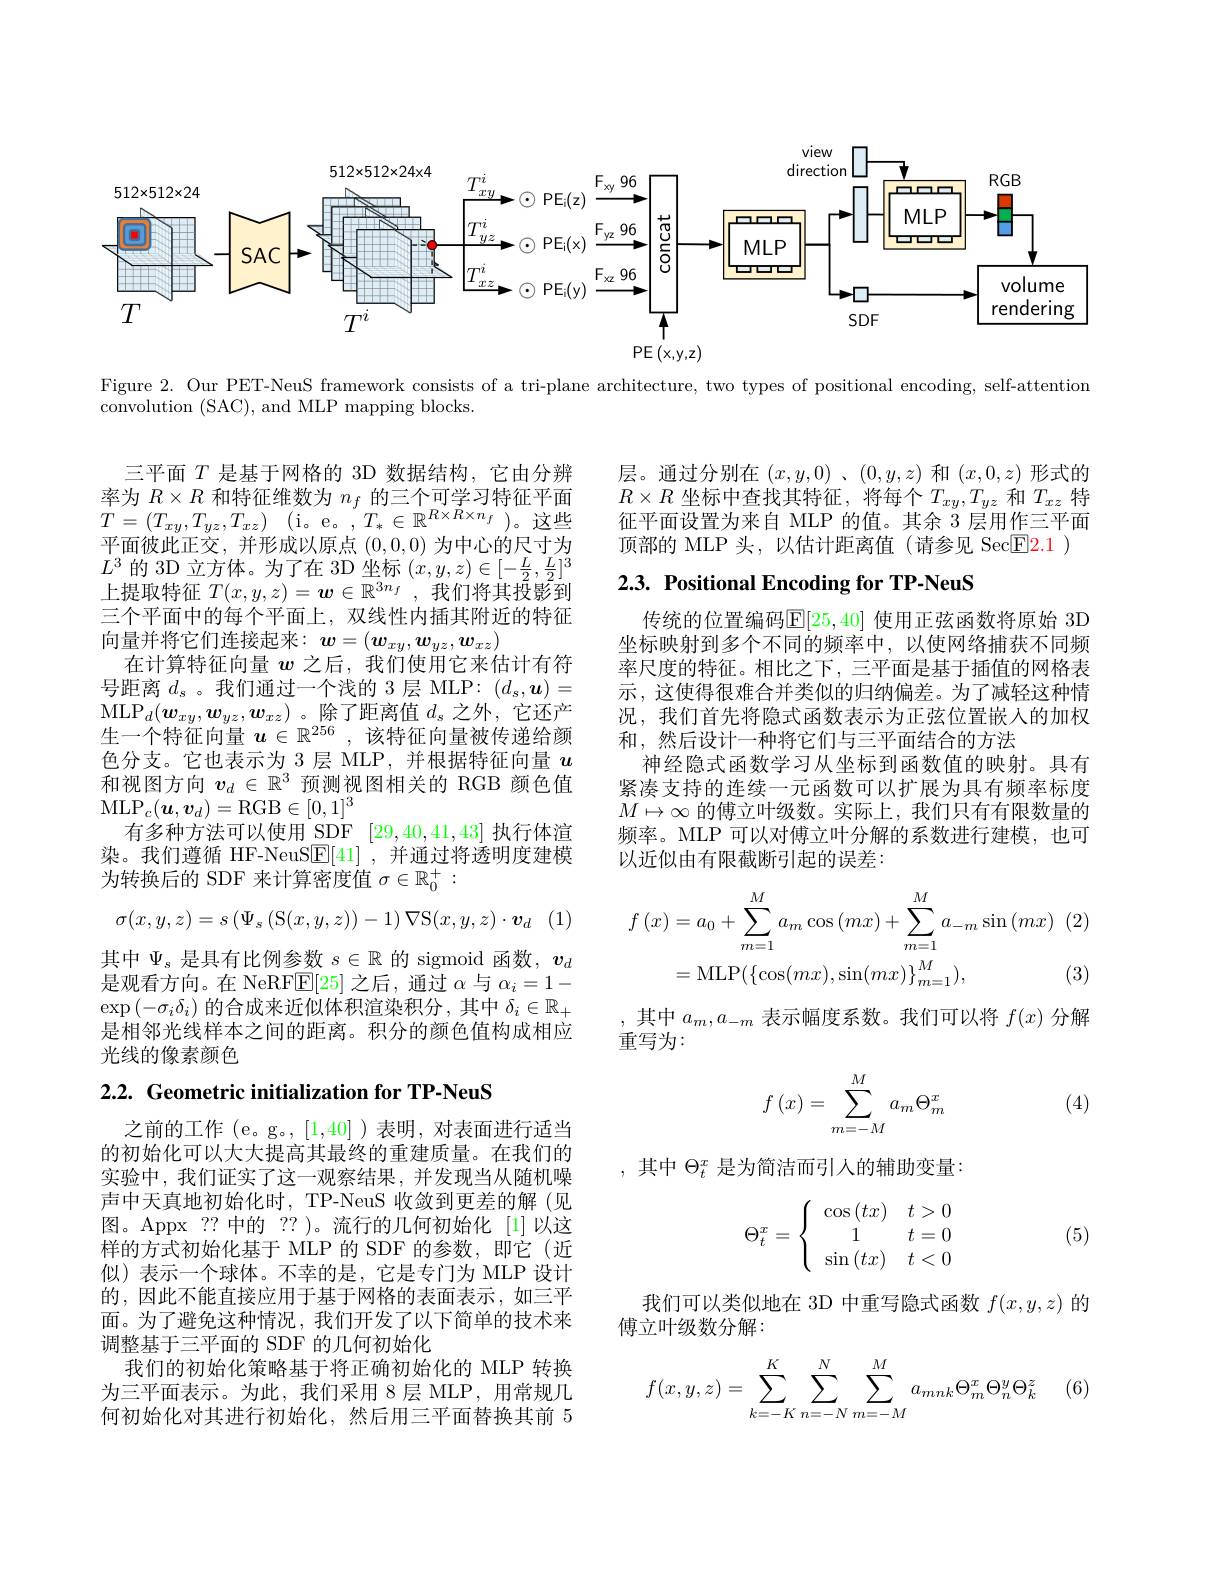
view

$512\times512\times24$

direction
$512\times512\times24\times4$
$RGB$
IT $MLP$
-1-1
TIOT
$MLP$
$SAC$
$\begin{aligned}&\frac{T_{xy}^{i}}{\cdot\boxed{T_{yz}^{i}}^{i}\odot\mathrm{PE_{i}(z)}\xrightarrow{F_{xy}}\\&\boxed{T_{yz}^{i}}\xrightarrow{C}\odot\mathrm{PE_{i}(x)}\xrightarrow{F_{yz}}\boxed{\frac{F_{yz}}{96}}\\&\boxed{\frac{F_{xz}}{5}}\\&\boxed{4}\end{aligned}\begin{bmatrix}0\\0\\0\\0\\0\\0\end{bmatrix}\\&\mathbb{PE}\left(x,y,z\right.}$
-1-1
volume
$+\square$
rendering
$T$
SDF
$T^i$
$\mathsf{PE}\left(x,y,z\right)$

Figure 2. Our PET-NeuS framework consists of a tri-plane architecture, two types of positional encoding, self-attention

convolution (SAC),and MLP mapping blocks

层。通过分别在$(x,y,0)$ 、$(0,y,z)$和$(x,0,z)$形式的$R\times R$坐标中查找其特征，将每个$T_xy,T_{yz}$和$T_xz$特征平面设置为来自 MLP 的值。其余 3 层用作三平面顶部的 MLP 头，以估计距离值(请参见 Sec$\boxed{\mathrm{F}}2.1$ )

## $2. 3. \textbf{ Positional Encoding for TP- NeuS}$

传统的位置编码$\mathbb{E}[25,40]$ 使用正弦函数将原始 3D 坐标映射到多个不同的频率中，以使网络捕获不同频率尺度的特征。相比之下，三平面是基于插值的网格表示，这使得很难合并类似的归纳偏差。为了减轻这种情况，我们首先将隐式函数表示为正弦位置嵌人的加权和，然后设计一种将它们与三平面结合的方法
神经隐式函数学习从坐标到函数值的映射。具有紧凑支持的连续一元函数可以扩展为具有频率标度$M\mapsto\infty$的傅立叶级数。实际上，我们只有有限数量的频率。MLP 可以对傅立叶分解的系数进行建模，也可以近似由有限截断引起的误差：

三平面$T$是基于网格的 3D 数据结构，它由分辨率为$R\times R$和特征维数为$n_f$的三个可学习特征平面$T= ( T_{xy}, T_{yz}, T_{xz})$ (i。e。$,T_*\in\mathbb{R}^{R\times R\times n_f})$。这些平面彼此正交，并形成以原点(0,0,0)为中心的尺寸为$L^{3}$的 3D 立方体。为了在 3D 坐标$(x,y,z)\in[-\frac L2,\frac L2]^3$ 上提取特征$T(x,y,z)=\boldsymbol{w}\in\overline{\mathbb{R}^{3n_f}}$,我们将其投影到三个平面中的每个平面上，双线性内插其附近的特征向量并将它们连接起来：$\boldsymbol w=(\boldsymbol{w}_xy,\boldsymbol{w}_{yz},\boldsymbol{w}_{xz})$
在计算特征向量$w$之后，我们使用它来估计有符号距离$d_s$。我们通过一个浅的 3层 MLP:$(d_s,\boldsymbol{u})=$ $\mathrm{MLP}_{d}(\boldsymbol{w}_{xy},\boldsymbol{w}_{yz},\boldsymbol{w}_{xz})$。除了距离值$d_s$ 之外，它还产生一个特征向量$u\in\mathbb{R}^{256}$,该特征向量被传递给颜色分支。它也表示为 3 层 MLP,并根据特征向量$u$ 和视图方向$v_d\in\mathbb{R}^3$预测视图相关的 RGB 颜色值$\mathrm{MLP}_{c}(\boldsymbol{u},\boldsymbol{v}_{d})=$RGB$\in[0,1]^3$
有多种方法可以使用 SDF [29,40,41,43]执行体渲染。我们遵循 HF-NeuS$\underline{\mathrm{E}}[41]$ ,并通过将透明度建模为转换后的 SDF 来计算密度值$\sigma\in\mathbb{R}_0^+:$
$$\sigma(x,y,z)=s\left(\Psi_s\left(\mathrm{S}(x,y,z)\right)-1\right)\nabla\mathrm{S}(x,y,z)\cdot\boldsymbol{v}_d$$
其中$\Psi_s$是具有比例参数$s\in\mathbb{R}$的 sigmoid 函数，$v_d$ 是观看方向。在 NeRF$\mathbb{E}[25]$之后，通过$\alpha$与$\alpha_i=1-$ $\exp\left(-\sigma_i\delta_i\right)$的合成来近似体积渲染积分，其中 $\delta_i\in\mathbb{R}_+$ 是相邻光线样本之间的距离。积分的颜色值构成相应光线的像素颜色
$$\begin{aligned}f\left(x\right)&=a_{0}+\sum_{m=1}^{M}a_{m}\cos\left(mx\right)+\sum_{m=1}^{M}a_{-m}\sin\left(mx\right)\\&=\mathrm{MLP}(\{\cos(mx),\sin(mx)\}_{m=1}^{M}),\end{aligned}$$
(3)

,其中$a_m,a_{-m}$表示幅度系数。我们可以将$f(x)$分解
重写为：

2.2. Geometric initialization for TP-NeuS
$$f\left(x\right)=\sum_{m=-M}^{M}a_{m}\Theta_{m}^{x}$$
(4)

,其中$\Theta_t^x$是为简洁而引人的辅助变量：
$$\Theta_t^x=\left\{\begin{array}{cc}\cos\left(tx\right)&t>0\\1&t=0\\\sin\left(tx\right)&t<0\end{array}\right.$$
(5)

之前的工作(e。g。,[1,40])表明，对表面进行适当的初始化可以大大提高其最终的重建质量。在我们的实验中，我们证实了这一观察结果，并发现当从随机噪声中天真地初始化时，TP-NeuS 收敛到更差的解(见图。Appx ?? 中的 ?? )。流行的几何初始化 [1]以这样的方式初始化基于 MLP 的 SDF 的参数，即它(近似)表示一个球体。不幸的是，它是专门为 MLP 设计的，因此不能直接应用于基于网格的表面表示，如三平面。为了避免这种情况，我们开发了以下简单的技术来调整基于三平面的 SDF 的几何初始化
我们的初始化策略基于将正确初始化的 MLP 转换为三平面表示。为此，我们采用 8 层 MLP, 用常规几何初始化对其进行初始化，然后用三平面替换其前 5

我们可以类似地在 3D 中重写隐式函数$f(x,y,z)$的
傅立叶级数分解：
$$f(x,y,z)=\sum\limits_{k=-K}^K\sum\limits_{n=-N}^N\sum\limits_{m=-M}^Ma_{mnk}\Theta_m^x\Theta_n^y\Theta_k^z$$
(6)